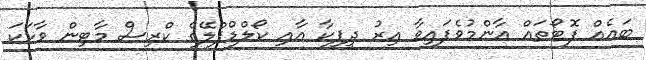
ބައެއް ފޮޓޯތައް އާންމުވެފައިވާ އިރު ދީޕިކާ އާއި ކޯލްޑްޕްލޭގެ ކްރިސް މާޓިން ވާހަކަ